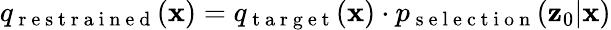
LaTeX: q_{\mathrm{~r~e~s~t~r~a~i~n~e~d~}}(\mathbf{x})=q_{\mathrm{~t~a~r~g~e~t~}}(\mathbf{x})\cdot p_{\mathrm{~s~e~l~e~c~t~i~o~n~}}(\mathbf{z}_{0}|\mathbf{x})